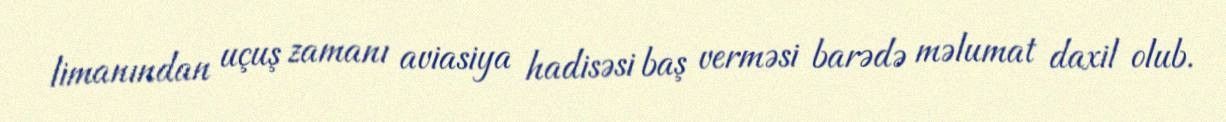
limanından uçuş zamanı aviasiya hadisəsi baş verməsi barədə məlumat daxil olub.